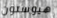
هيوستون